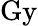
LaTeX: \mathrm{Gy}